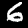
Digit: 6